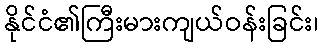
နိုင်ငံ၏ကြီးမားကျယ်ဝန်းခြင်း၊